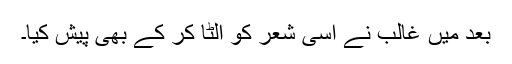
بعد میں غالب نے اسی شعر کو اُلٹا کر کے بھی پیش کیا۔